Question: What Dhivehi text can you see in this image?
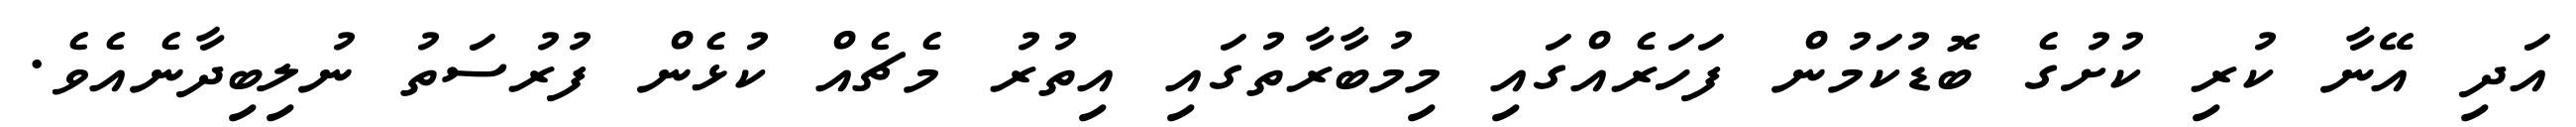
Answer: އަދި އޭނާ ކުރި ކުށުގެ ބޮޑުކަމުން ފަހަރެއްގައި މިމުބާރާތުގައި އިތުރު މެޗެއް ކުޅެން ފުރުސަތު ނުލިބިދާނެއެވެ.